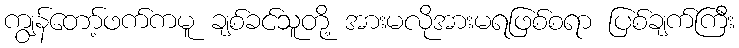
ကျွန်တော့်ဖက်ကမူ ချစ်ခင်သူတို့ အားမလိုအားမရဖြစ်စရာ ပြစ်ချက်ကြီး